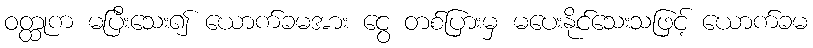
ဝတ္ထုက မပြီးသေး၍ ယောက်ခမအား ငွေ တစ်ပြားမှ မပေးနိုင်သေးသဖြင့် ယောက်ခမ